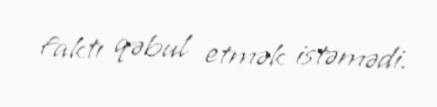
faktı qəbul etmək istəmədi.